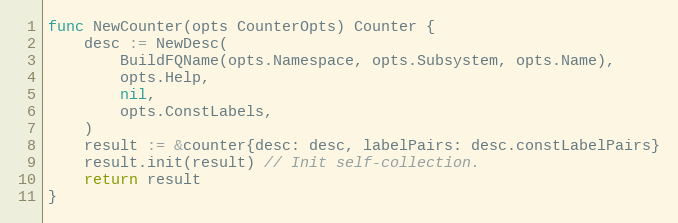
Language: Go
func NewCounter(opts CounterOpts) Counter {
	desc := NewDesc(
		BuildFQName(opts.Namespace, opts.Subsystem, opts.Name),
		opts.Help,
		nil,
		opts.ConstLabels,
	)
	result := &counter{desc: desc, labelPairs: desc.constLabelPairs}
	result.init(result) // Init self-collection.
	return result
}